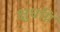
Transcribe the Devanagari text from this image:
क्षुधग्नि